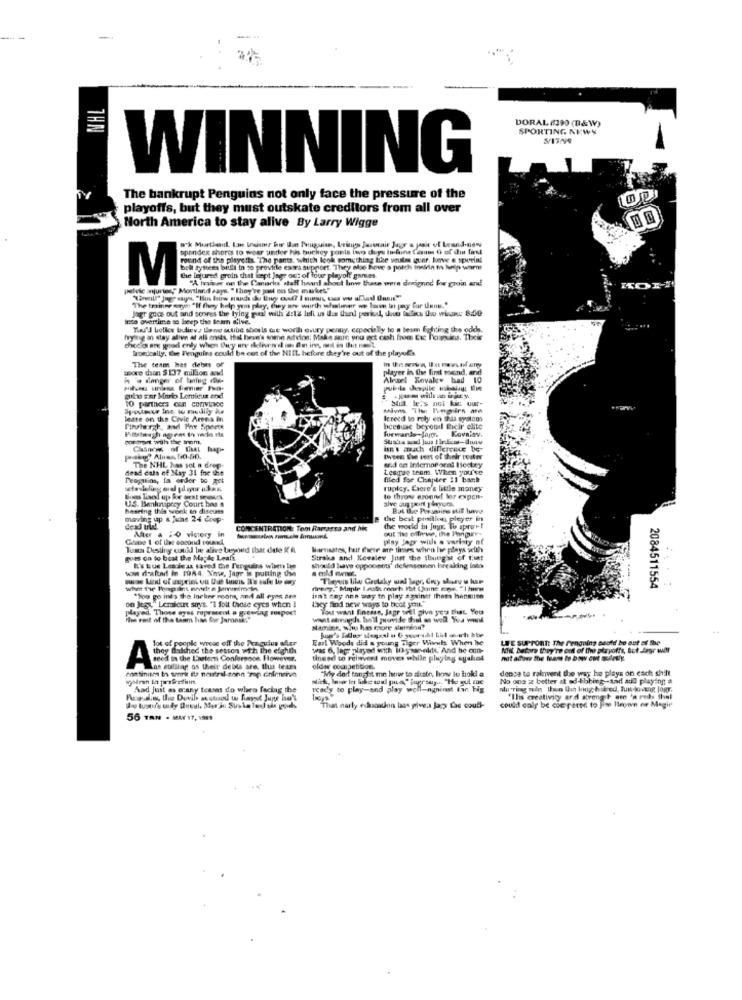
DORAL (190 (B&W)
IHN
SPORTING NEWS
WINNING
The bankrupt Penguins not only face the pressure of the
playoffs, but they must outskate creditors from all over
North America to stay alive By Larry Wigge
spandex shorts to wear under his buckey pants two duys twfine Cam th of the find
w'k Murtleid In trimmer hir Iun Peuguian, brings Jasair Jagr a pair of brand-non
esetben in so provide esta support. They le hove o potch inskin to help warm
the injured groin that wept lage out of four playolf games.
"A haw on the Camarks' staff heard about how these were deeignne for groin and
pelvic anjuries, Mortiand says " They've just on the market"
Jagt goes out and scores the lying pal will 2:12 left in i.s thand period, due Rifles to win 8.50
The trainne nytt "If (hey help you play, they are wurth whaler we live in pay Cur iens."
nto overtime so keep the team dive.
Toi'd belles bulicv: Ilang autibe shoils we worth crusty penny, cepecially to a team fighting the odds,
mysig an stay alive af all enets, that been's some Advion: Make sure you get cash from Etc Tomars, Theis
Ironically. the Penguins could be cut of the NIIL hefore they're out of the playut's
moore daan $ 137 million avd
The team hes debes off
player in the fint mend, and
h 's danger of taleg .Dk-
Alezel Kovalew had 10
mitt ner Mario Lemieux and
10 partners can convince
Still. let's not ki: uur-
Spostere Ins to medily hs
lease on the Civic Arena in
Iereed to roly en this syston
bcesuac beyond Ricir elite
forwards Jajm. Kovaiav.
oor tront with the inom.
Chn'y of that Map-
bn't much difference be
twee the cost of their poster
dead cats of May 31 fre the
The NHL hos sot a drop.
Lesque team. When you've
and en Interneoral Hockey
Penguins, in order to get
Bled for Chapter 11 bank
ruptcy. Laere's little money
U.S. Bankruptcy Court has a
to throw eronruf lor expon-
sive support players
hearing this week to discuss
moving up & June 24 drop-
the best prailien pleyer in
Mer & #0 victory in
CONCENTRATION: Tem Ramarsa and he
the world in Jnyr. To aprov!
Game 1 of Lies cocond round
play Jag with a variety of
Toma Disting could be alive beyond ibar dele it &
Warnsates, fur facie are times when he plays with
goes on to beat the Mapke Leaff.
Straka and Kovalev Just the Ibutg'st of fiat
was drafted in 1984. Xinse, Jagr is putting de
I' que Lesie as saved the Penguins when Ive
should have opponents' defessomnen breaking into
---
2084511554
on Jogs," Lemicit says. "1 foit those eyes when I
"Too go ings the Incline noons, and all eyes des
Lacy find new ways to book you."
isn't ney ans way th play againer thams hension
Played Those eyes represent a growing respect
Tost want finesse. Jagr will give yer that You
wiwit sirvagda. ball provide that as well. Ya vont
stamine, who has caore siereins?
Jug's Tallur slenasi u G your-sdl bil se sch bbe
lot of people whose off the Pragulus sder
Earl Woods did & young Tiger Wieuls When he
LIFE SUPPORT: The Penguins could be out of the
they salthed the season with the eighth
was 6, lag played with 10y sanokit, And he on-
NHil Datore they're out of the peryoffs, but Jagr wdr
tineed to reinvent moves while playing ayalink
not adowe the teams to bow ont sunuly
tintinism bh werkt ite neutral-sonn trap chlenervo
Las cutting os their debts are. thus teams
older competition.
"My dad tonghit me how to suain, how to hok! a
donca to rainvent the way he plays on each shit
No one 2 better at od-tbbing-tad add playing a
Aad Just as erany tcasas do when faciag the
ready to play-and play well-ngninst fin big
au ring mode then the long, hiked, tui-loveng, Jogr.
could calf be compared to jim Heown ne Megir
"Ilis creativity ard strengt are 'a robs thisl
That narty echaoatlon bas givea Jacy Las coud-
56 TAN . MAY 17, 1991